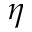
\eta